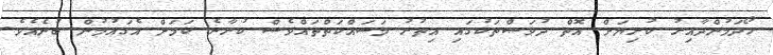
ހޯދަމުންދާއިރު ކުރިޔަށް އޮތް ދުވަސްތަކުގައި އިތުރު މަސައްކަތްތައްވެސް ކުރާނެ ކަމަށް އެގައުމުން ބުނެއެވެ.